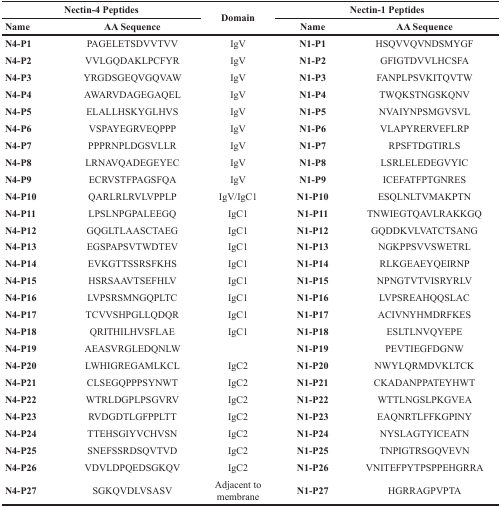
<table><thead><tr><td colspan="2"><b>Nectin-4 Peptides</b></td><td rowspan="2"><b>Domain</b></td><td colspan="2"><b>Nectin-1 Peptides</b></td></tr><tr><td><b>Name</b></td><td><b>AA Sequence</b></td><td><b>Name</b></td><td><b>AA Sequence</b></td></tr></thead><tbody><tr><td><b>N4-P1</b></td><td>PAGELETSDVVTVV</td><td>IgV</td><td><b>N1-P1</b></td><td>HSQVVQVNDSMYGF</td></tr><tr><td><b>N4-P2</b></td><td>VVLGQDAKLPCFYR</td><td>IgV</td><td><b>N1-P2</b></td><td>GFIGTDVVLHCSFA</td></tr><tr><td><b>N4-P3</b></td><td>YRGDSGEQVGQVAW</td><td>IgV</td><td><b>N1-P3</b></td><td>FANPLPSVKITQVTW</td></tr><tr><td><b>N4-P4</b></td><td>AWARVDAGEGAQEL</td><td>IgV</td><td><b>N1-P4</b></td><td>TWQKSTNGSKQNV</td></tr><tr><td><b>N4-P5</b></td><td>ELALLHSKYGLHVS</td><td>IgV</td><td><b>N1-P5</b></td><td>NVAIYNPSMGVSVL</td></tr><tr><td><b>N4-P6</b></td><td>VSPAYEGRVEQPPP</td><td>IgV</td><td><b>N1-P6</b></td><td>VLAPYRERVEFLRP</td></tr><tr><td><b>N4-P7</b></td><td>PPPRNPLDGSVLLR</td><td>IgV</td><td><b>N1-P7</b></td><td>RPSFTDGTIRLS</td></tr><tr><td><b>N4-P8</b></td><td>LRNAVQADEGEYEC</td><td>IgV</td><td><b>N1-P8</b></td><td>LSRLELEDEGVYIC</td></tr><tr><td><b>N4-P9</b></td><td>ECRVSTFPAGSFQA</td><td>IgV</td><td><b>N1-P9</b></td><td>ICEFATFPTGNRES</td></tr><tr><td><b>N4-P10</b></td><td>QARLRLRVLVPPLP</td><td>IgV/IgC1</td><td><b>N1-P10</b></td><td>ESQLNLTVMAKPTN</td></tr><tr><td><b>N4-P11</b></td><td>LPSLNPGPALEEGQ</td><td>IgC1</td><td><b>N1-P11</b></td><td>TNWIEGTQAVLRAKKGQ</td></tr><tr><td><b>N4-P12</b></td><td>GQGLTLAASCTAEG</td><td>IgC1</td><td><b>N1-P12</b></td><td>GQDDKVLVATCTSANG</td></tr><tr><td><b>N4-P13</b></td><td>EGSPAPSVTWDTEV</td><td>IgC1</td><td><b>N1-P13</b></td><td>NGKPPSVVSWETRL</td></tr><tr><td><b>N4-P14</b></td><td>EVKGTTSSRSFKHS</td><td>IgC1</td><td><b>N1-P14</b></td><td>RLKGEAEYQEIRNP</td></tr><tr><td><b>N4-P15</b></td><td>HSRSAAVTSEFHLV</td><td>IgC1</td><td><b>N1-P15</b></td><td>NPNGTVTVISRYRLV</td></tr><tr><td><b>N4-P16</b></td><td>LVPSRSMNGQPLTC</td><td>IgC1</td><td><b>N1-P16</b></td><td>LVPSREAHQQSLAC</td></tr><tr><td><b>N4-P17</b></td><td>TCVVSHPGLLQDQR</td><td>IgC1</td><td><b>N1-P17</b></td><td>ACIVNYHMDRFKES</td></tr><tr><td><b>N4-P18</b></td><td>QRITHILHVSFLAE</td><td>IgC1</td><td><b>N1-P18</b></td><td>ESLTLNVQYEPE</td></tr><tr><td><b>N4-P19</b></td><td>AEASVRGLEDQNLW</td><td></td><td><b>N1-P19</b></td><td>PEVTIEGFDGNW</td></tr><tr><td><b>N4-P20</b></td><td>LWHIGREGAMLKCL</td><td>IgC2</td><td><b>N1-P20</b></td><td>NWYLQRMDVKLTCK</td></tr><tr><td><b>N4-P21</b></td><td>CLSEGQPPPSYNWT</td><td>IgC2</td><td><b>N1-P21</b></td><td>CKADANPPATEYHWT</td></tr><tr><td><b>N4-P22</b></td><td>WTRLDGPLPSGVRV</td><td>IgC2</td><td><b>N1-P22</b></td><td>WTTLNGSLPKGVEA</td></tr><tr><td><b>N4-P23</b></td><td>RVDGDTLGFPPLTT</td><td>IgC2</td><td><b>N1-P23</b></td><td>EAQNRTLFFKGPINY</td></tr><tr><td><b>N4-P24</b></td><td>TTEHSGIYVCHVSN</td><td>IgC2</td><td><b>N1-P24</b></td><td>NYSLAGTYICEATN</td></tr><tr><td><b>N4-P25</b></td><td>SNEFSSRDSQVTVD</td><td>IgC2</td><td><b>N1-P25</b></td><td>TNPIGTRSGQVEVN</td></tr><tr><td><b>N4-P26</b></td><td>VDVLDPQEDSGKQV</td><td>IgC2</td><td><b>N1-P26</b></td><td>VNITEFPYTPSPPEHGRRA</td></tr><tr><td><b>N4-P27</b></td><td>SGKQVDLVSASV</td><td>Adjacent to membrane</td><td><b>N1-P27</b></td><td>HGRRAGPVPTA</td></tr></tbody></table>